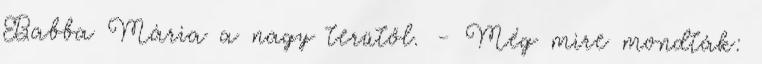
Babba Mária a nagy terütől. - Még mire mondták: